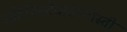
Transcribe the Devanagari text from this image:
जहिज्निदेयातेल्नोस्ती